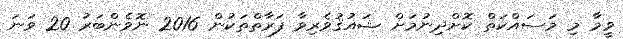
ވީމާ މި މަސައްކަތް ކޮށްދިނުމަށް ޝައުޤުވެރިވާ ފަރާތްތަކުން 2016 ނޮވެންބަރު 20 ވަނަ